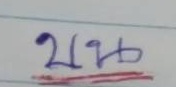
บน